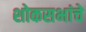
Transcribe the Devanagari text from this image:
शोकसभांचे